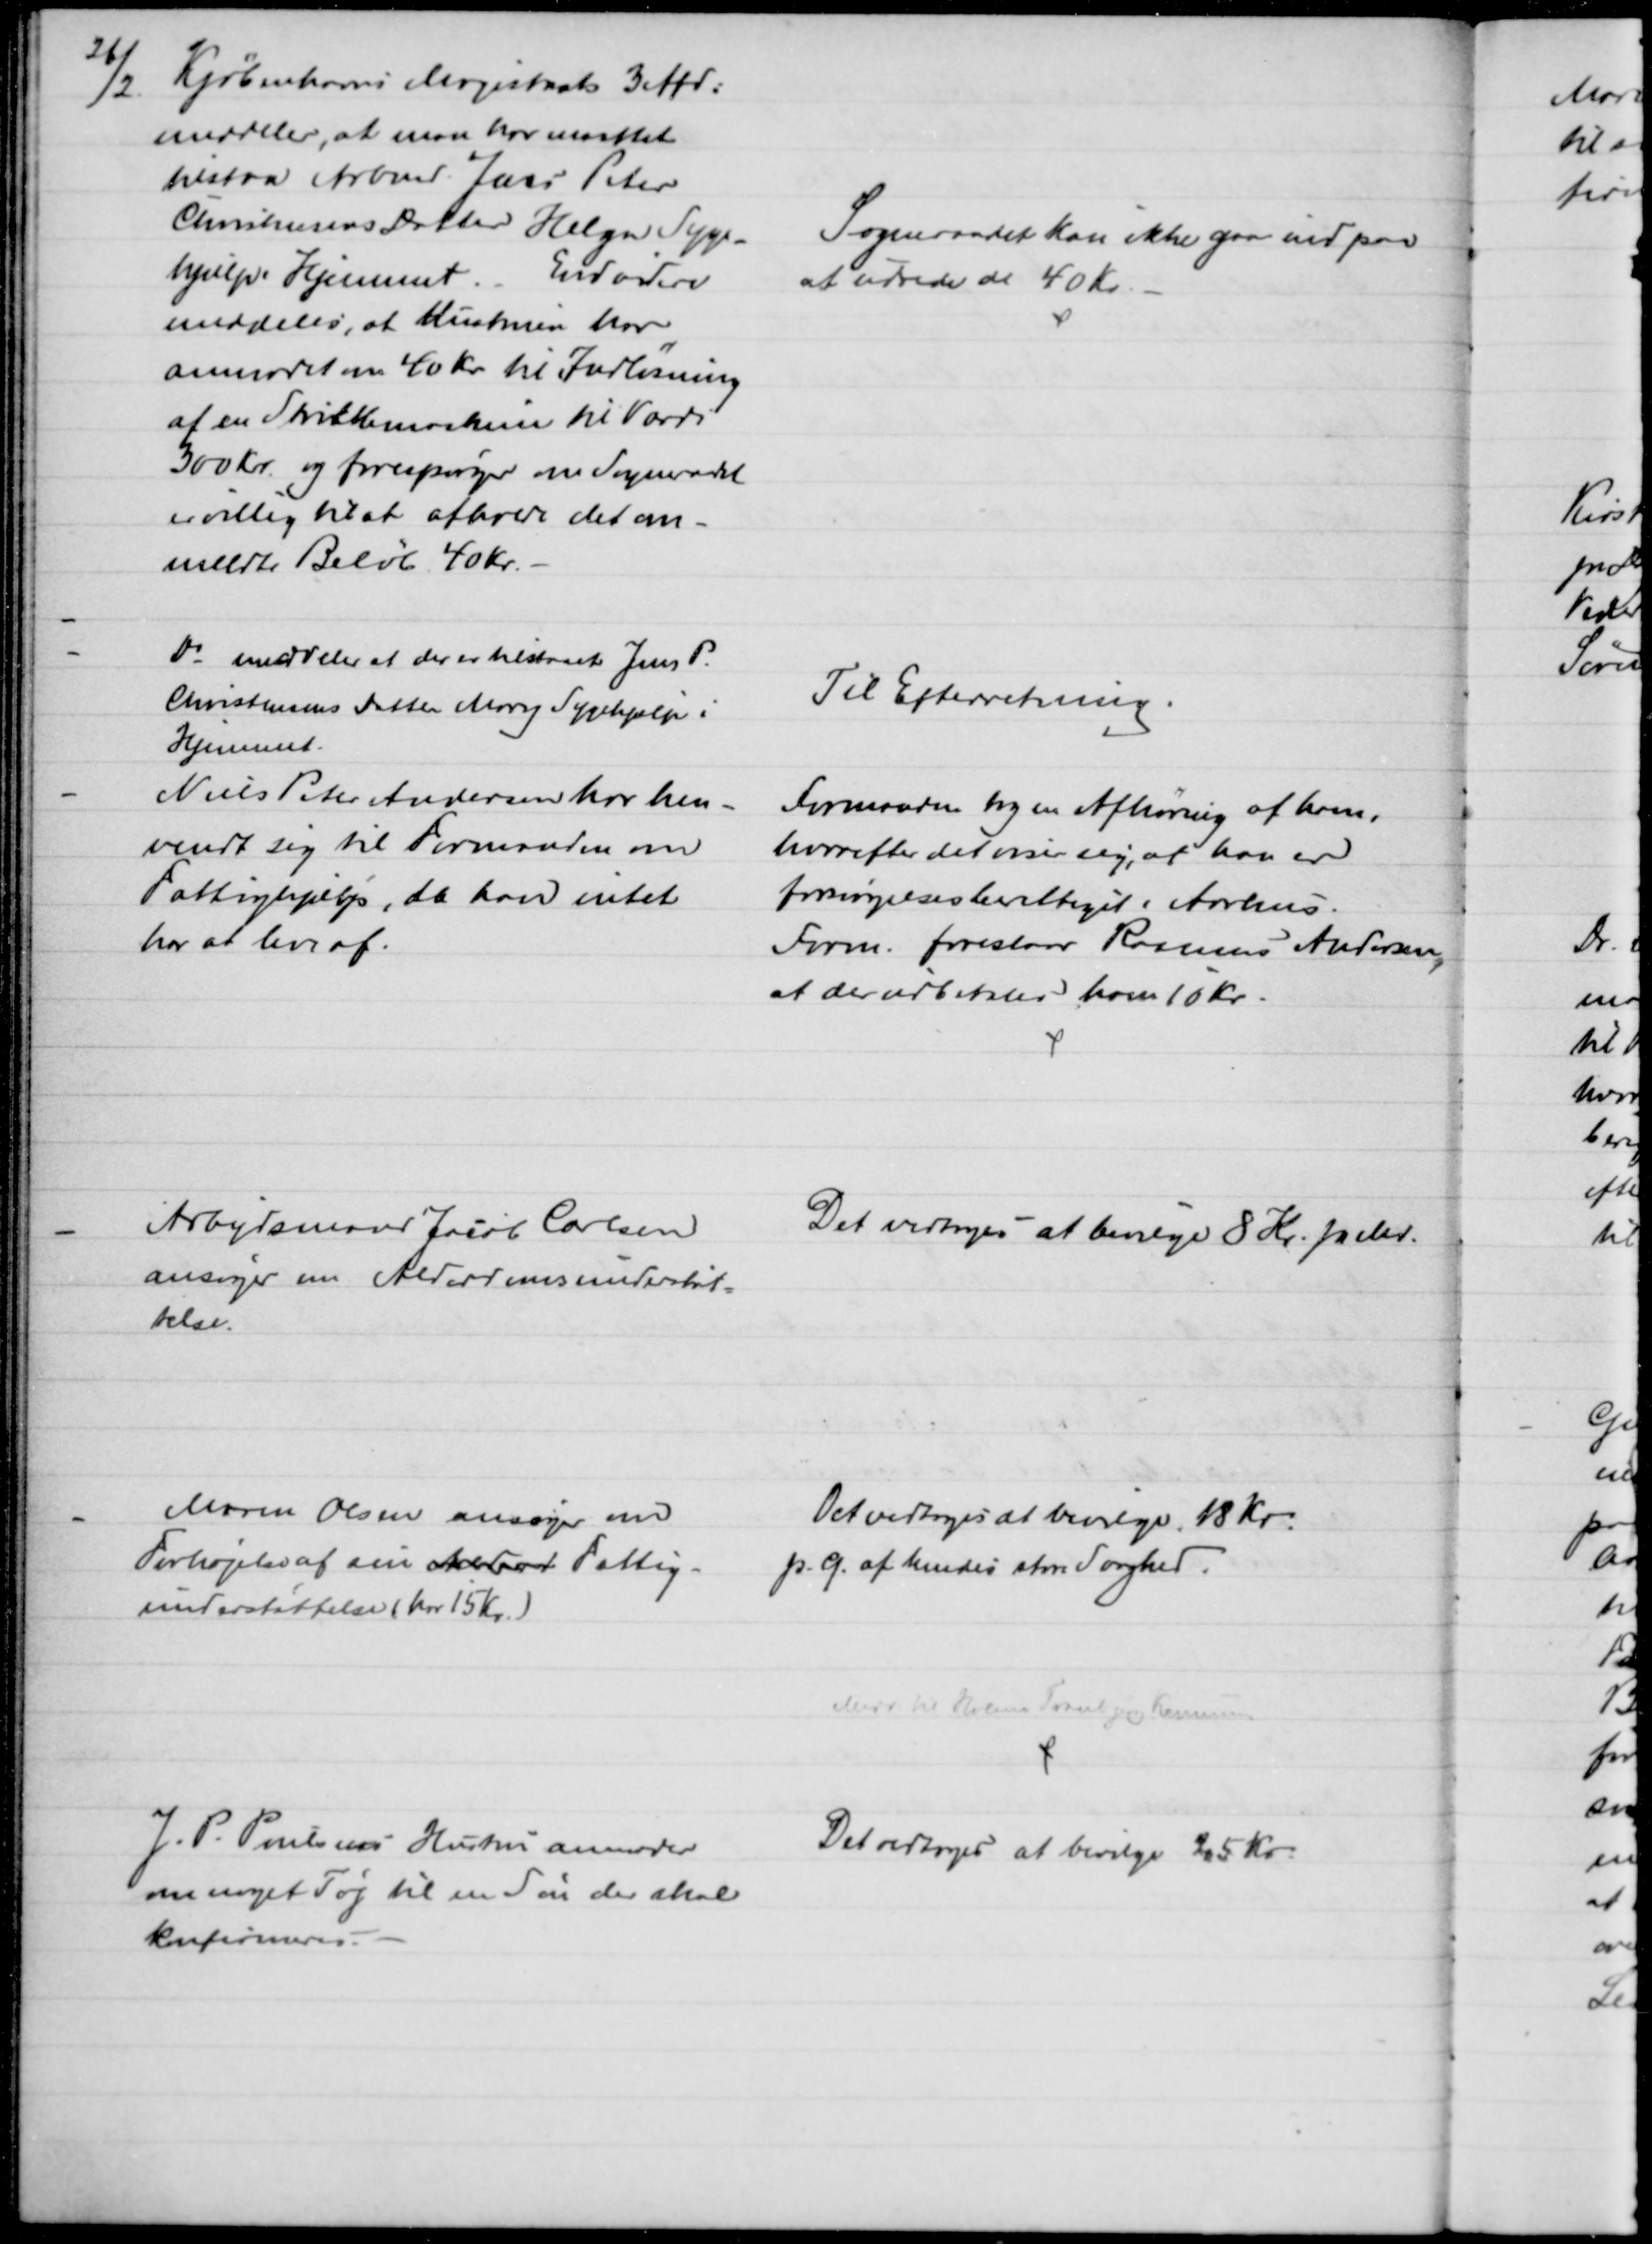
Transskription:
26/2.
Kjøbenhavns Magistrats 3 Afd:
meddeler, at man har maattet
tilstaa Arbmd. Jens Peter
Christensens Datter Helga Syge-
hjælp i Hjemmet.
Endvidere
meddeles, at Hustruen har
anmodet om 40 Kr til Indløsning
af en Skrivemaskine til Værdi
300 Kr. og forespørger om Sogneraadet
er villig til at afholde det om-
meldte Beløb 40 Kr.
Sogneraadet kan ikke gaa ind paa
at udrede de 40 Kr.
Do meddeler at der er tilstaaet Jens P.
Christensens Datter Mary Sygehjælp i
Hjemmet.
Til Efterretning.
Niels Peter Andersen har hen-
vendt sig til Formanden om
Fattighjælp, da han intet
har at leve af.
Formanden tog en Afhøring af ham,
hvorefter det viser sig, at han er
forsørgelsesberettiget i Aarhus.
Form. foreslaar Rasmus Andersen
,
at der udbetales ham 10 Kr.
Arbejdsmand Jacob Carlsen
ansøger om Alderdomsunderstøt-
telse.
Det vedtoges at bevilge 8 Kr. pr. Md
Maren Olsen ansøger om
Forhøjelse af sin Alder Fattig-
understøttelse (har 15 Kr.)
Det vedtoges at bevilge 18 Kr.
p. G. af hendes store Svaghed.
Medd til Holme Tranbjerg Kommune
J. P. Poulsens Hustru anmoder
om noget Tøj til en Søn der skal
konfirmeres.
Det vedtoges at bevilge 25 Kr.